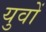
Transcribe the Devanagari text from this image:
युवों